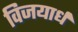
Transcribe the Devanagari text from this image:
विजयार्ध